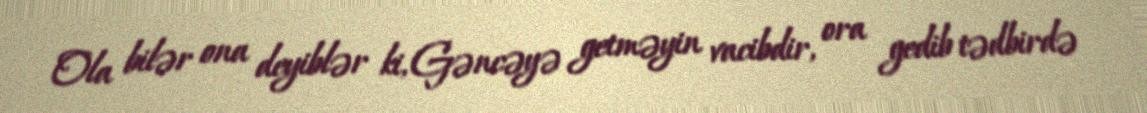
Ola bilər ona deyiblər ki, Gəncəyə getməyin vacibdir, ora gedib tədbirdə